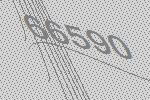
66590